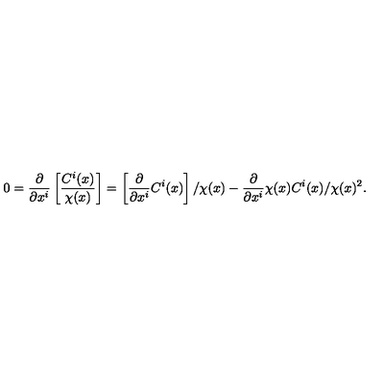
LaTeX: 0 = \frac { \partial } { \partial x ^ { i } } \left[ \frac { C ^ { i } ( x ) } { \chi ( x ) } \right] = \left[ \frac { \partial } { \partial x ^ { i } } C ^ { i } ( x ) \right] / \chi ( x ) - \frac { \partial } { \partial x ^ { i } } \chi ( x ) C ^ { i } ( x ) / \chi ( x ) ^ { 2 } .